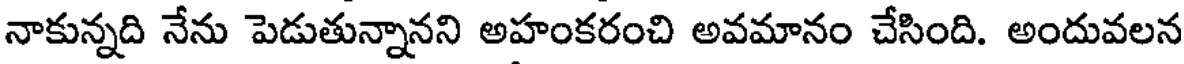
నాకున్నది నేను పెడుతున్నానని అహంకరంచి అవమానం చేసింది. అందువలన